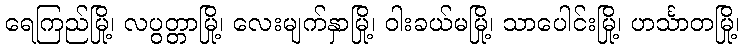
ရေကြည်မြို့၊ လပွတ္တာမြို့၊ လေးမျက်နှာမြို့၊ ဝါးခယ်မမြို့၊ သာပေါင်းမြို့၊ ဟင်္သာတမြို့၊